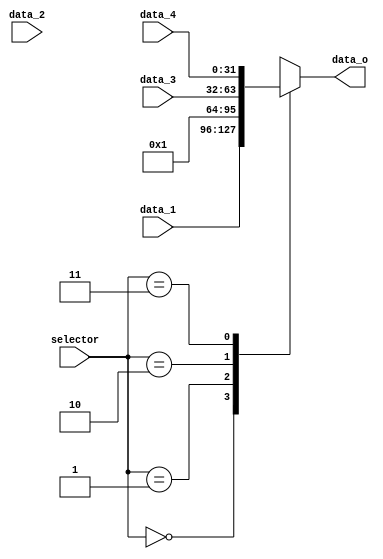
module Mux4to1
#(
	parameter WIDTH = 32
)
(
	input [WIDTH-1:0] data_1, data_2, data_3, data_4,
	input [1:0]	selector,
	output [WIDTH-1:0] data_o
);

reg [WIDTH-1:0] data;
reg [WIDTH-1:0] constant = 32'h1;
always @(*)
begin
case (selector)

	2'b00: begin
	data <= data_1;
	end
	2'b01: begin
	data <= constant;
	end
	2'b10: begin
	data <= data_3;
	end
	2'b11: begin
	data <= data_4;
	end
endcase
end
assign data_2 = constant;
assign data_o = data; 
endmodule